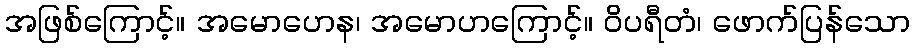
အဖြစ်ကြောင့်။ အမောဟေန၊ အမောဟကြောင့်။ ဝိပရီတံ၊ ဖောက်ပြန်သော